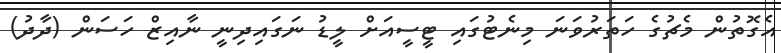
އެގޮތުން މެޗުގެ ހަތަރުވަނަ މިނެޓުގައި ޓީސީއަށް ލީޑު ނަގައިދިނީ ނާއިޒް ހަސަން (ދާދު)